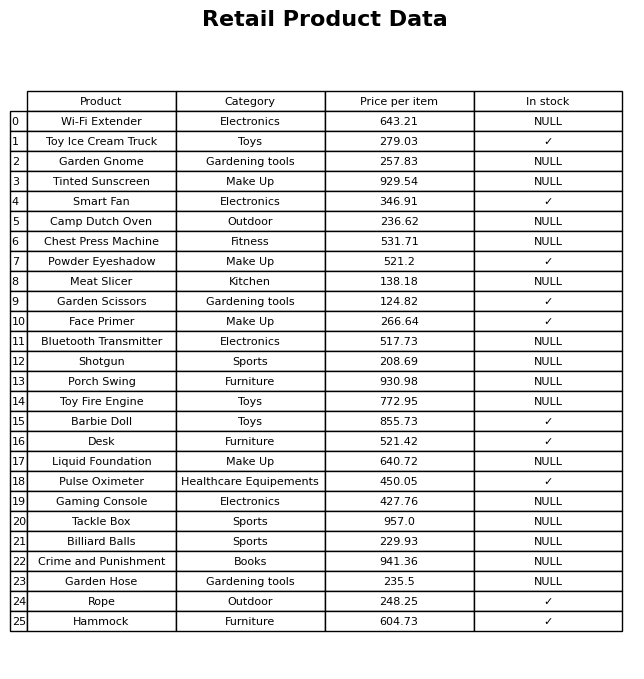
question: What is the price of the Barbie Doll?
answer: The price of Barbie Doll is 855.73.